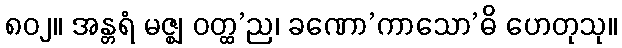
၈၀၂။ အန္တရံ မဇ္ဈ ဝတ္ထ’ည၊ ခဏော’ကာသော’ဓိ ဟေတုသု။